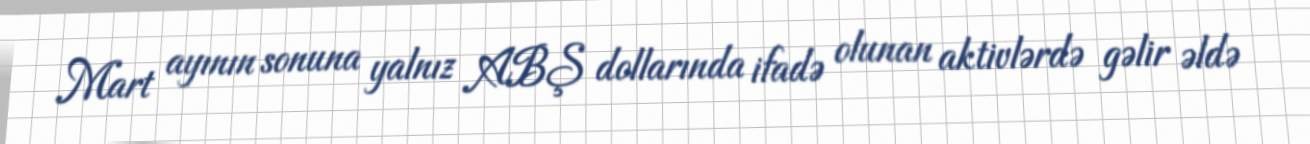
Mart ayının sonuna yalnız ABŞ dollarında ifadə olunan aktivlərdə gəlir əldə